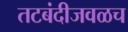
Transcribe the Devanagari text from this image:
तटबंदीजवळच